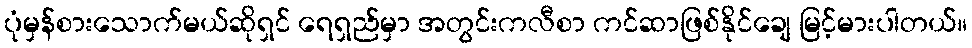
ပုံမှန်စားသောက်မယ်ဆိုရှင် ရေရှည်မှာ အတွင်းကလီစာ ကင်ဆာဖြစ်နိုင်ချေ မြင့်မားပါတယ်။